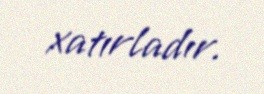
xatırladır.